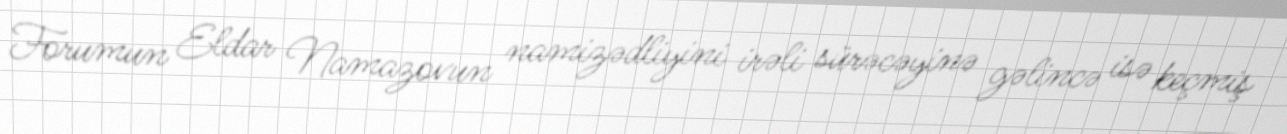
Forumun Eldar Namazovun namizədliyini irəli sürəcəyinə gəlincə isə keçmiş